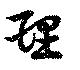
理